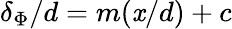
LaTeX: \delta_{\Phi}/d=m(\mathit{x}/d)+c